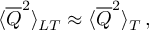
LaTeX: \langle \overline { { { Q } } } ^ { 2 } \rangle _ { L T } \approx \langle \overline { { { Q } } } ^ { 2 } \rangle _ { T } \, ,